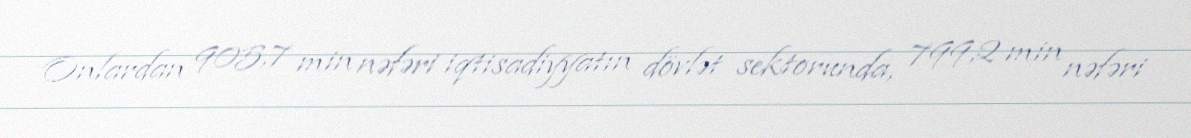
Onlardan 905,7 min nəfəri iqtisadiyyatın dövlət sektorunda, 799,2 min nəfəri